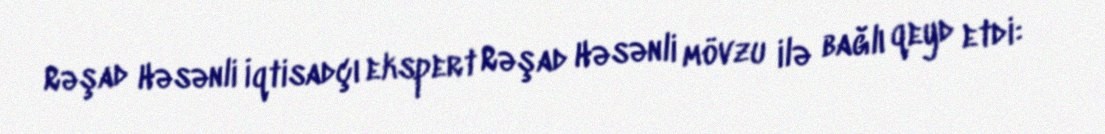
Rəşad Həsənli İqtisadçı ekspert Rəşad Həsənli mövzu ilə bağlı qeyd etdi: